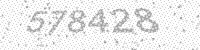
Solution: 578428